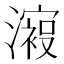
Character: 𣿟